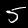
Label: 5